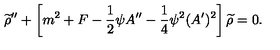
{ \widetilde \rho } ^ { \prime \prime } + \left[ m ^ { 2 } + F - { \frac { 1 } { 2 } } \psi A ^ { \prime \prime } - { \frac { 1 } { 4 } } \psi ^ { 2 } ( A ^ { \prime } ) ^ { 2 } \right] { \widetilde \rho } = 0 .